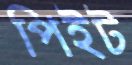
পিইট